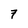
Character: 7